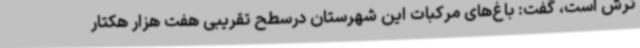
ترش است، گفت: باغ‌های مرکبات این شهرستان درسطح تقریبی هفت هزار هکتار